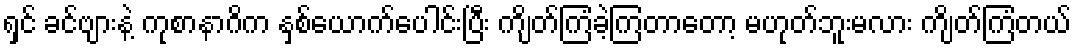
ရှင် ခင်ဗျားနဲ့ ကုစာနာဂိက နှစ်ယောက်ပေါင်းပြီး ကျိတ်ကြံခဲ့ကြတာတော့ မဟုတ်ဘူးမလား ကျိတ်ကြံတယ်